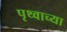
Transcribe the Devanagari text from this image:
पृथ्वाच्या